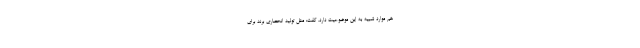
هم موارد شبیه به این موضوعیت دارد، گفت: مثل تولید انحصاری برند برای